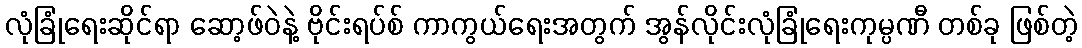
လုံခြုံရေးဆိုင်ရာ ဆော့ဖ်ဝဲနဲ့ ဗိုင်းရပ်စ် ကာကွယ်ရေးအတွက် အွန်လိုင်းလုံခြုံရေးကုမ္ပဏီ တစ်ခု ဖြစ်တဲ့